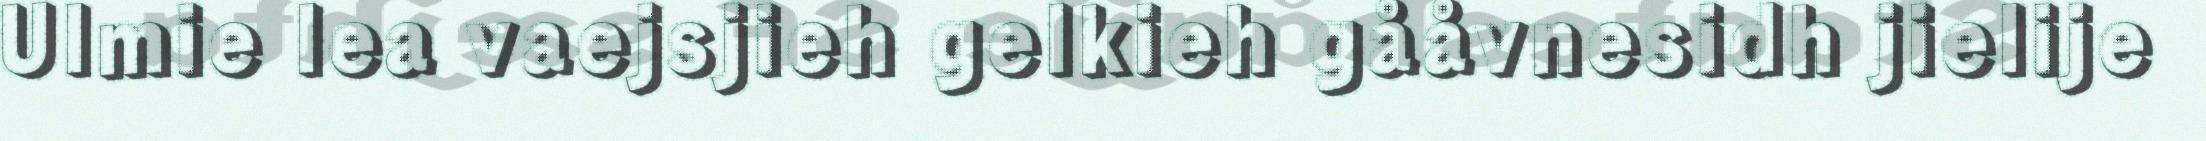
Ulmie lea vaejsjieh gelkieh gååvnesidh jielije